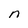
Character: n